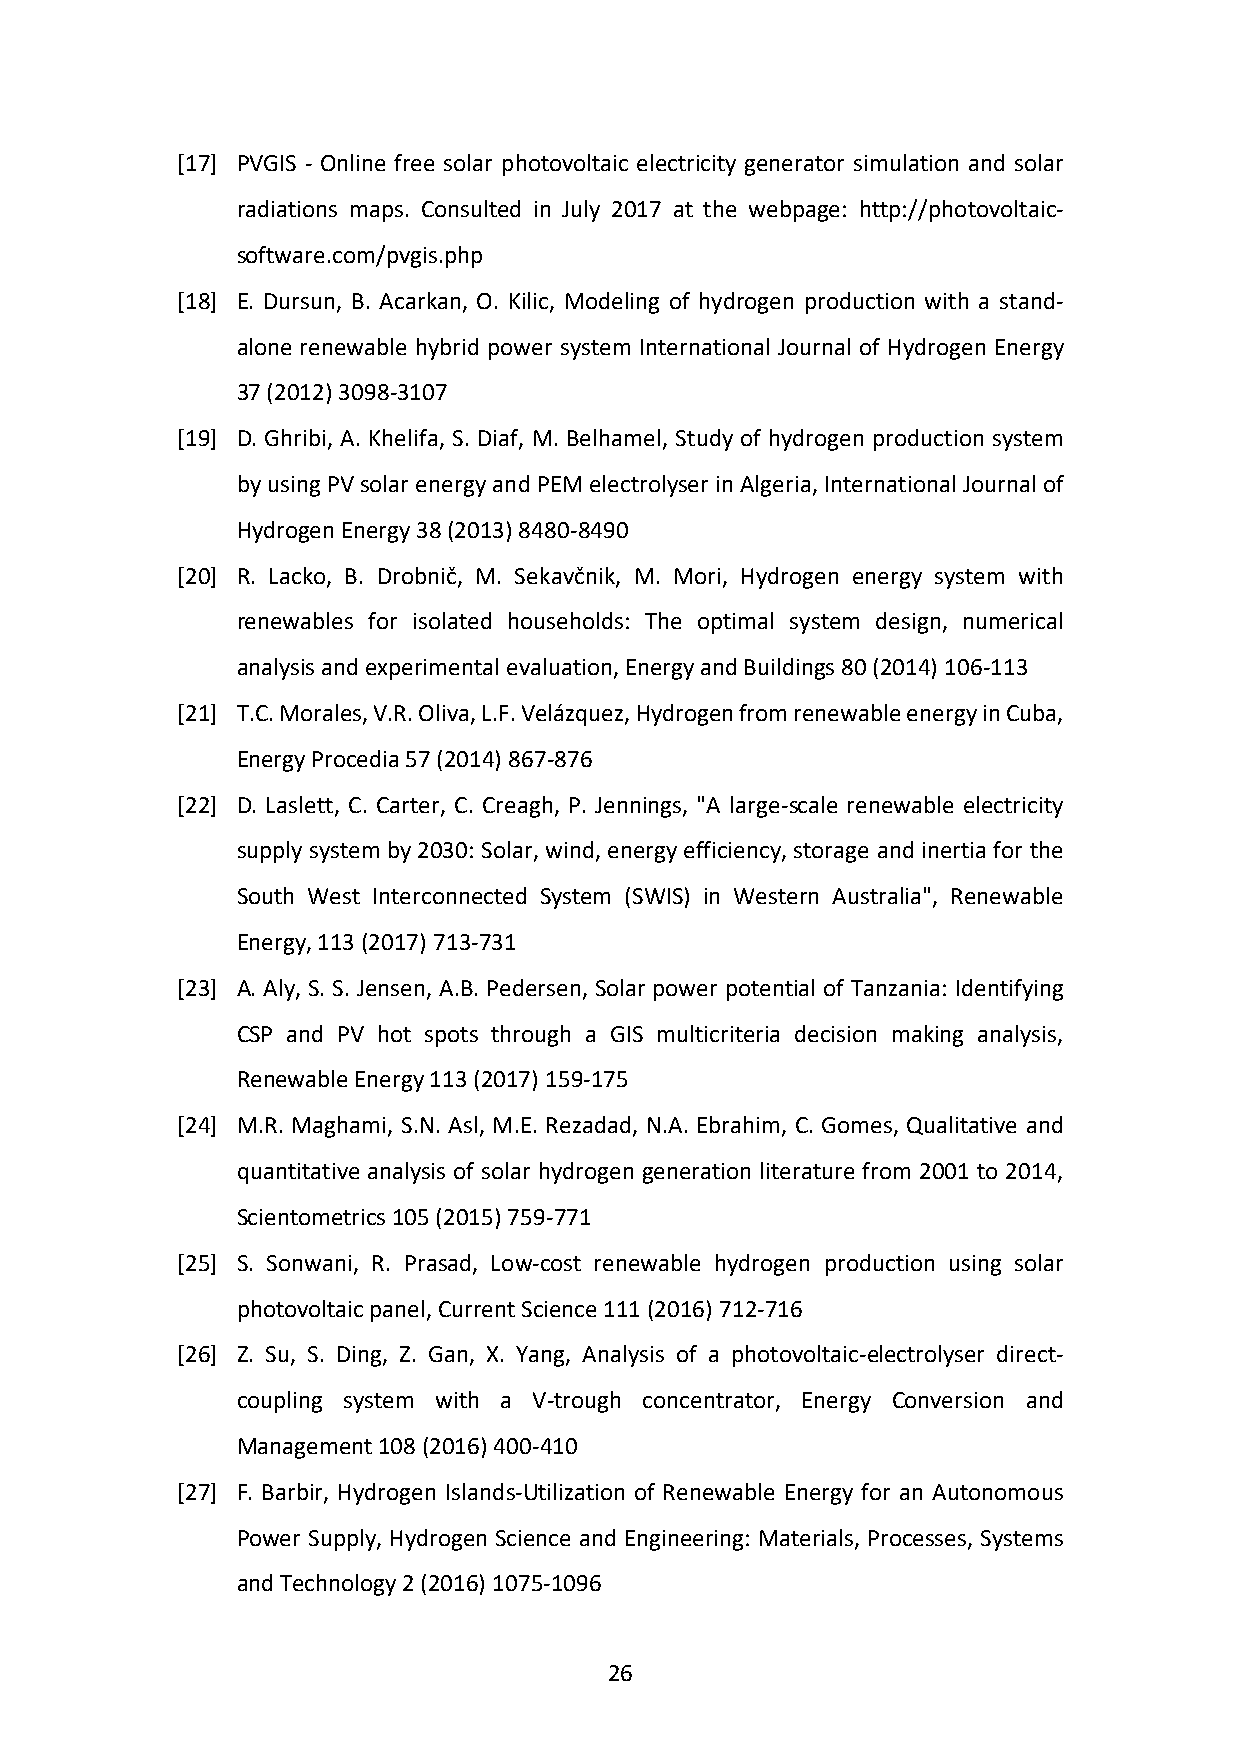
[17] PVGIS - Online free solar photovoltaic electricity generator simulation and solar
 radiations maps. Consulted in July 2017 at the webpage: http://photovoltaic-
 software.com/pvgis.php
 [18] E. Dursun, B. Acarkan, O. Kilic, Modeling of hydrogen production with a stand-
 alone renewable hybrid power system International Journal of Hydrogen Energy
 37 (2012) 3098-3107
 [19] D. Ghribi, A. Khelifa, S. Diaf, M. Belhamel, Study of hydrogen production system
 by using PV solar energy and PEM electrolyser in Algeria, International Journal of
 Hydrogen Energy 38 (2013) 8480-8490
 [20] R. Lacko, B. Drobnič, M. Sekavčnik, M. Mori, Hydrogen energy system with
 renewables for isolated households: The optimal system design, numerical
 analysis and experimental evaluation, Energy and Buildings 80 (2014) 106-113
 [21] T.C. Morales, V.R. Oliva, L.F. Velázquez, Hydrogen from renewable energy in Cuba,
 Energy Procedia 57 (2014) 867-876
 [22] D. Laslett, C. Carter, C. Creagh, P. Jennings, "A large-scale renewable electricity
 supply system by 2030: Solar, wind, energy efficiency, storage and inertia for the
 South West Interconnected System (SWIS) in Western Australia", Renewable
 Energy, 113 (2017) 713-731
 [23] A. Aly, S. S. Jensen, A.B. Pedersen, Solar power potential of Tanzania: Identifying
 CSP and PV hot spots through a GIS multicriteria decision making analysis,
 Renewable Energy 113 (2017) 159-175
 [24] M.R. Maghami, S.N. Asl, M.E. Rezadad, N.A. Ebrahim, C. Gomes, Qualitative and
 quantitative analysis of solar hydrogen generation literature from 2001 to 2014,
 Scientometrics 105 (2015) 759-771
 [25] S. Sonwani, R. Prasad, Low-cost renewable hydrogen production using solar
 photovoltaic panel, Current Science 111 (2016) 712-716
 [26] Z. Su, S. Ding, Z. Gan, X. Yang, Analysis of a photovoltaic-electrolyser direct-
 coupling system with a V-trough concentrator, Energy Conversion and
 Management 108 (2016) 400-410
 [27] F. Barbir, Hydrogen Islands-Utilization of Renewable Energy for an Autonomous
 Power Supply, Hydrogen Science and Engineering: Materials, Processes, Systems
 and Technology 2 (2016) 1075-1096
 26